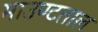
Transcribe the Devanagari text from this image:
माउण्टताल